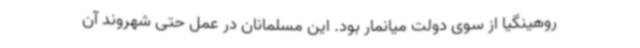
روهینگیا از سوی دولت میانمار بود. این مسلمانان در عمل حتی شهروند آن